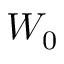
W _ { 0 }